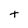
Character: t